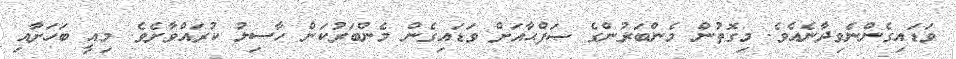
ވަޑައިގެންނެވިދާނެއެވެ. މިގޮތުން މެންބަރުންގެ ޞަފްޙާއަށް ވަޑައިގެން މެންބަރުކަން ހާސިލު ކުރައްވާށެވެ. މިއީ ބަހަށާއި